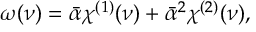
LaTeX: \omega ( \nu ) = \bar { \alpha } \chi ^ { ( 1 ) } ( \nu ) + \bar { \alpha } ^ { 2 } \chi ^ { ( 2 ) } ( \nu ) ,